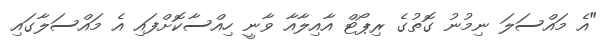
"އެ މަައްސަލަ ނިމުނު ގޮތުގެ ރިޕޯޓް އާއިލާއާ ވާނީ ހިއްސާކޮށްފައި އެ މައްސަލާގައި